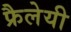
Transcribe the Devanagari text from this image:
फ्रैलेयी